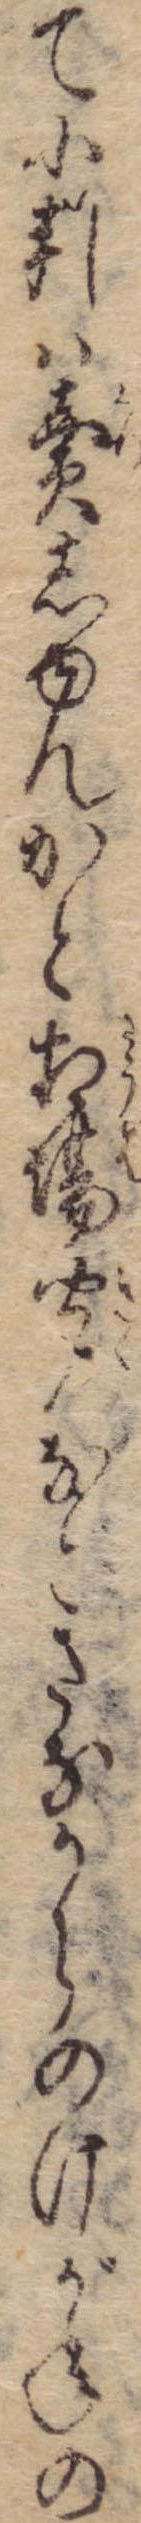
て小判は売しゆんかと相場聞などさなからのけがねの